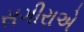
સગીરાએ